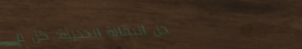
محل البقالة الحديثة: كل م